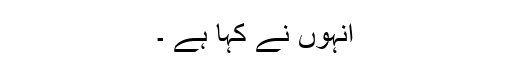
انہوں نے کہا ہے ۔